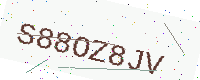
Text: S88OZ8JV